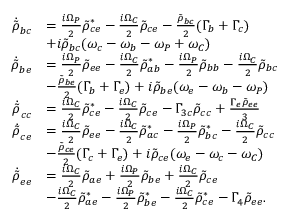
\begin{array} { r l } { \Dot { \Tilde { \rho } } _ { b c } } & { = \frac { i \Omega _ { P } } { 2 } \Tilde { \rho } _ { c e } ^ { * } - \frac { i \Omega _ { C } } { 2 } \Tilde { \rho } _ { c e } - \frac { \Tilde { \rho } _ { b c } } { 2 } ( \Gamma _ { b } + \Gamma _ { c } ) } \\ & { + i \Tilde { \rho } _ { b c } ( \omega _ { c } - \omega _ { b } - \omega _ { P } + \omega _ { C } ) } \\ { \Dot { \Tilde { \rho } } _ { b e } } & { = \frac { i \Omega _ { P } } { 2 } \Tilde { \rho } _ { e e } - \frac { i \Omega _ { C } } { 2 } \Tilde { \rho } _ { a b } ^ { * } - \frac { i \Omega _ { P } } { 2 } \Tilde { \rho } _ { b b } - \frac { i \Omega _ { C } } { 2 } \tilde { \rho } _ { b c } } \\ & { - \frac { \Tilde { \rho } _ { b e } } { 2 } ( \Gamma _ { b } + \Gamma _ { e } ) + i \Tilde { \rho } _ { b e } ( \omega _ { e } - \omega _ { b } - \omega _ { P } ) } \\ { \Dot { \Tilde { \rho } } _ { c c } } & { = \frac { i \Omega _ { C } } { 2 } \Tilde { \rho } _ { c e } ^ { * } - \frac { i \Omega _ { C } } { 2 } \Tilde { \rho } _ { c e } - \Gamma _ { 3 c } \Tilde { \rho } _ { c c } + \frac { \Gamma _ { e } \Tilde { \rho } _ { e e } } { 3 } } \\ { \Dot { \Tilde { \rho } } _ { c e } } & { = \frac { i \Omega _ { C } } { 2 } \Tilde { \rho } _ { e e } - \frac { i \Omega _ { C } } { 2 } \Tilde { \rho } _ { a c } ^ { * } - \frac { i \Omega _ { P } } { 2 } \Tilde { \rho } _ { b c } ^ { * } - \frac { i \Omega _ { C } } { 2 } \Tilde { \rho } _ { c c } } \\ & { - \frac { \Tilde { \rho } _ { c e } } { 2 } ( \Gamma _ { c } + \Gamma _ { e } ) + i \Tilde { \rho } _ { c e } ( \omega _ { e } - \omega _ { c } - \omega _ { C } ) } \\ { \dot { \Tilde { \rho } } _ { e e } } & { = \frac { i \Omega _ { C } } { 2 } \Tilde { \rho } _ { a e } + \frac { i \Omega _ { P } } { 2 } \Tilde { \rho } _ { b e } + \frac { i \Omega _ { C } } { 2 } \Tilde { \rho } _ { c e } } \\ & { - \frac { i \Omega _ { C } } { 2 } \Tilde { \rho } _ { a e } ^ { * } - \frac { i \Omega _ { P } } { 2 } \Tilde { \rho } _ { b e } ^ { * } - \frac { i \Omega _ { C } } { 2 } \Tilde { \rho } _ { c e } ^ { * } - \Gamma _ { 4 } \Tilde { \rho } _ { e e } . } \end{array}